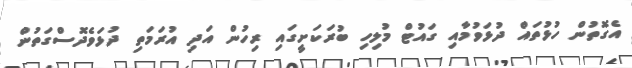
އެގޮތުން ހުޅުތައް ދުޅަވުމާއި ގައުޓް މުލިހި ބުރަކަށީގައި ރިހުން އަދި އުރަމަތި ދުޅަވެދޮސްގަތުން